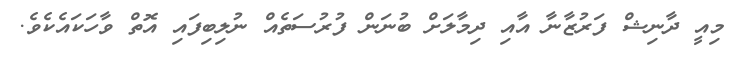
މިއީ ދާނިޝް ފަރުޒާނާ އާއި ދިމާލަށް ބުނަން ފުރުސަތެއް ނުލިބިފައި އޮތް ވާހަކައެކެވެ.